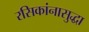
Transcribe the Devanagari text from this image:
रसिकांनासुद्धा